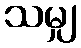
သမျှ